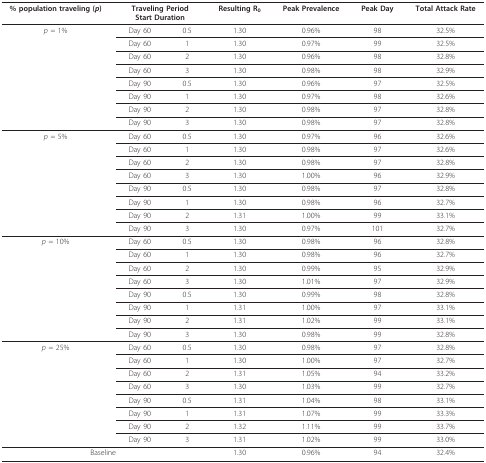
<table><thead><tr><td><b>% population traveling (<i>p</i>)</b></td><td colspan="2"><b>Traveling PeriodStart Duration</b></td><td><b>Resulting R<sub>0</sub></b></td><td><b>Peak Prevalence</b></td><td><b>Peak Day</b></td><td><b>Total Attack Rate</b></td></tr></thead><tbody><tr><td><i>p </i>= 1%</td><td>Day 60</td><td>0.5</td><td>1.30</td><td>0.96%</td><td>98</td><td>32.5%</td></tr><tr><td></td><td>Day 60</td><td>1</td><td>1.30</td><td>0.97%</td><td>99</td><td>32.5%</td></tr><tr><td></td><td>Day 60</td><td>2</td><td>1.30</td><td>0.96%</td><td>98</td><td>32.8%</td></tr><tr><td></td><td>Day 60</td><td>3</td><td>1.30</td><td>0.98%</td><td>98</td><td>32.9%</td></tr><tr><td></td><td>Day 90</td><td>0.5</td><td>1.30</td><td>0.96%</td><td>97</td><td>32.5%</td></tr><tr><td></td><td>Day 90</td><td>1</td><td>1.30</td><td>0.97%</td><td>98</td><td>32.6%</td></tr><tr><td></td><td>Day 90</td><td>2</td><td>1.30</td><td>0.98%</td><td>97</td><td>32.8%</td></tr><tr><td></td><td>Day 90</td><td>3</td><td>1.30</td><td>0.98%</td><td>97</td><td>32.8%</td></tr><tr><td><i>p </i>= 5%</td><td>Day 60</td><td>0.5</td><td>1.30</td><td>0.97%</td><td>96</td><td>32.6%</td></tr><tr><td></td><td>Day 60</td><td>1</td><td>1.30</td><td>0.98%</td><td>97</td><td>32.6%</td></tr><tr><td></td><td>Day 60</td><td>2</td><td>1.30</td><td>0.98%</td><td>97</td><td>32.8%</td></tr><tr><td></td><td>Day 60</td><td>3</td><td>1.30</td><td>1.00%</td><td>96</td><td>32.9%</td></tr><tr><td></td><td>Day 90</td><td>0.5</td><td>1.30</td><td>0.98%</td><td>97</td><td>32.8%</td></tr><tr><td></td><td>Day 90</td><td>1</td><td>1.30</td><td>0.98%</td><td>96</td><td>32.7%</td></tr><tr><td></td><td>Day 90</td><td>2</td><td>1.31</td><td>1.00%</td><td>99</td><td>33.1%</td></tr><tr><td></td><td>Day 90</td><td>3</td><td>1.30</td><td>0.97%</td><td>101</td><td>32.7%</td></tr><tr><td><i>p </i>= 10%</td><td>Day 60</td><td>0.5</td><td>1.30</td><td>0.98%</td><td>96</td><td>32.8%</td></tr><tr><td></td><td>Day 60</td><td>1</td><td>1.30</td><td>0.98%</td><td>96</td><td>32.7%</td></tr><tr><td></td><td>Day 60</td><td>2</td><td>1.30</td><td>0.99%</td><td>95</td><td>32.9%</td></tr><tr><td></td><td>Day 60</td><td>3</td><td>1.30</td><td>1.01%</td><td>97</td><td>32.9%</td></tr><tr><td></td><td>Day 90</td><td>0.5</td><td>1.30</td><td>0.99%</td><td>98</td><td>32.8%</td></tr><tr><td></td><td>Day 90</td><td>1</td><td>1.31</td><td>1.00%</td><td>97</td><td>33.1%</td></tr><tr><td></td><td>Day 90</td><td>2</td><td>1.31</td><td>1.02%</td><td>99</td><td>33.1%</td></tr><tr><td></td><td>Day 90</td><td>3</td><td>1.30</td><td>0.98%</td><td>99</td><td>32.8%</td></tr><tr><td><i>p </i>= 25%</td><td>Day 60</td><td>0.5</td><td>1.30</td><td>0.98%</td><td>97</td><td>32.8%</td></tr><tr><td></td><td>Day 60</td><td>1</td><td>1.30</td><td>1.00%</td><td>97</td><td>32.7%</td></tr><tr><td></td><td>Day 60</td><td>2</td><td>1.31</td><td>1.05%</td><td>94</td><td>33.2%</td></tr><tr><td></td><td>Day 60</td><td>3</td><td>1.30</td><td>1.03%</td><td>99</td><td>32.7%</td></tr><tr><td></td><td>Day 90</td><td>0.5</td><td>1.31</td><td>1.04%</td><td>98</td><td>33.1%</td></tr><tr><td></td><td>Day 90</td><td>1</td><td>1.31</td><td>1.07%</td><td>99</td><td>33.3%</td></tr><tr><td></td><td>Day 90</td><td>2</td><td>1.32</td><td>1.11%</td><td>99</td><td>33.7%</td></tr><tr><td></td><td>Day 90</td><td>3</td><td>1.31</td><td>1.02%</td><td>99</td><td>33.0%</td></tr><tr><td colspan="3">Baseline</td><td>1.30</td><td>0.96%</td><td>94</td><td>32.4%</td></tr></tbody></table>